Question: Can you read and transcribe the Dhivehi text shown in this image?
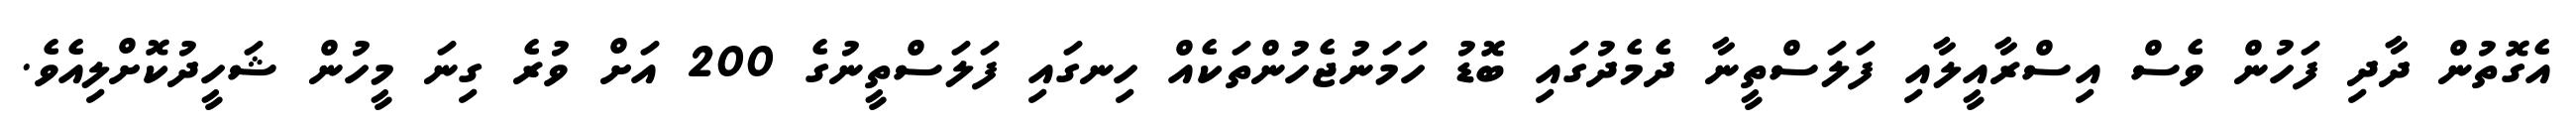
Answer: އެގޮތުން ދާދި ފަހުން ވެސް އިސްރާއީލާއި ފަލަސްތީނާ ދެމެދުގައި ބޮޑު ހަމަނުޖެހުންތަކެއް ހިނގައި ފަލަސްތީނުގެ 200 އަށް ވުރެ ގިނަ މީހުން ޝަހީދުކޮށްލިއެވެ.